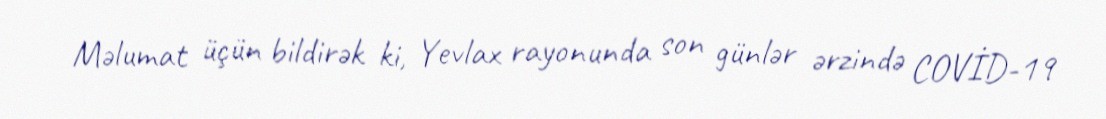
Məlumat üçün bildirək ki, Yevlax rayonunda son günlər ərzində COVİD-19